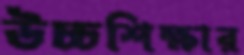
উচ্চশিক্ষার